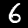
Digit: 6